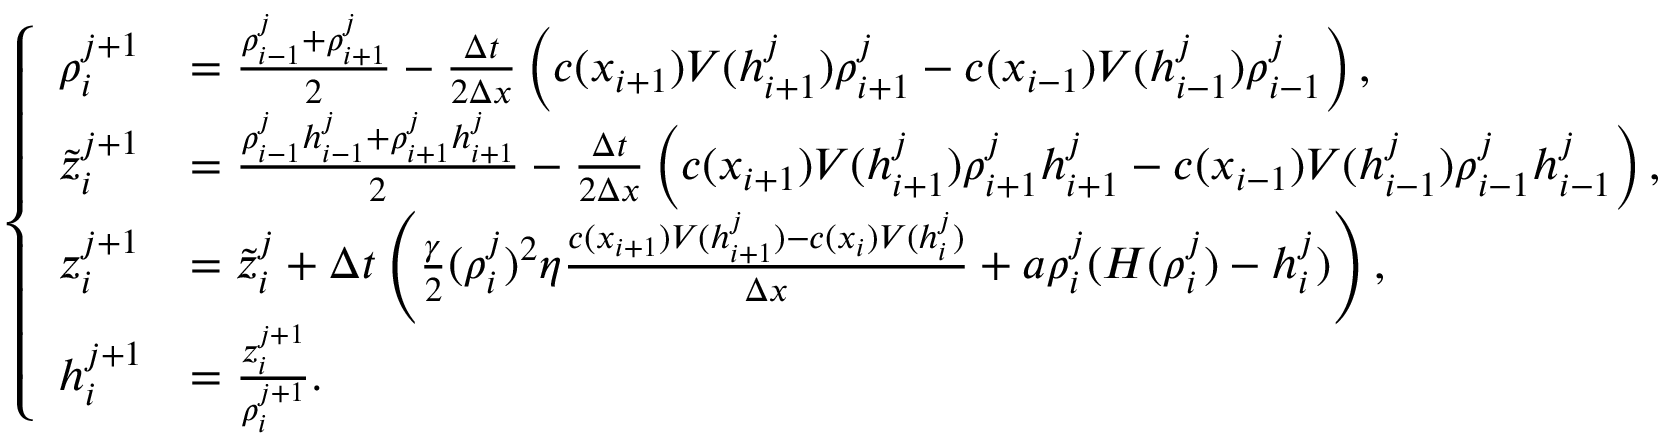
\begin{array} { r } { \left\{ \begin{array} { l l } { \rho _ { i } ^ { j + 1 } } & { = \frac { \rho _ { i - 1 } ^ { j } + \rho _ { i + 1 } ^ { j } } { 2 } - \frac { \Delta t } { 2 \Delta x } \left( c ( x _ { i + 1 } ) V ( h _ { i + 1 } ^ { j } ) \rho _ { i + 1 } ^ { j } - c ( x _ { i - 1 } ) V ( h _ { i - 1 } ^ { j } ) \rho _ { i - 1 } ^ { j } \right) , } \\ { \tilde { z } _ { i } ^ { j + 1 } } & { = \frac { \rho _ { i - 1 } ^ { j } h _ { i - 1 } ^ { j } + \rho _ { i + 1 } ^ { j } h _ { i + 1 } ^ { j } } { 2 } - \frac { \Delta t } { 2 \Delta x } \left( c ( x _ { i + 1 } ) V ( h _ { i + 1 } ^ { j } ) \rho _ { i + 1 } ^ { j } h _ { i + 1 } ^ { j } - c ( x _ { i - 1 } ) V ( h _ { i - 1 } ^ { j } ) \rho _ { i - 1 } ^ { j } h _ { i - 1 } ^ { j } \right) , } \\ { z _ { i } ^ { j + 1 } } & { = \tilde { z } _ { i } ^ { j } + \Delta t \left( \frac { \gamma } { 2 } ( \rho _ { i } ^ { j } ) ^ { 2 } \eta \frac { c ( x _ { i + 1 } ) V ( h _ { i + 1 } ^ { j } ) - c ( x _ { i } ) V ( h _ { i } ^ { j } ) } { \Delta x } + a \rho _ { i } ^ { j } ( H ( \rho _ { i } ^ { j } ) - h _ { i } ^ { j } ) \right) , } \\ { h _ { i } ^ { j + 1 } } & { = \frac { z _ { i } ^ { j + 1 } } { \rho _ { i } ^ { j + 1 } } . } \end{array} \right. } \end{array}